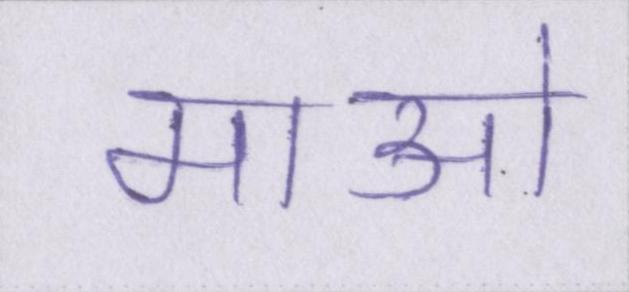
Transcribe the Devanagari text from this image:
माओ